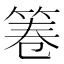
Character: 𮅒